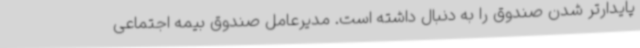
پایدارتر شدن صندوق را به دنبال داشته است. مدیرعامل صندوق بیمه اجتماعی